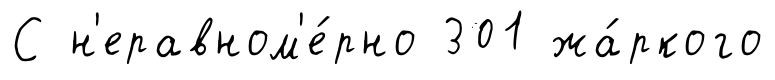
С н'еравном'е́рно 301 жа́ркого